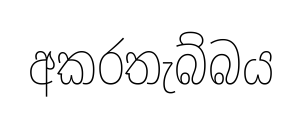
අකරතැබ්බය